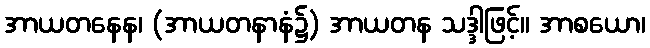
အာယတနေန၊ (အာယတနာနံ၌) အာယတန သဒ္ဒါဖြင့်။ အာစယော၊